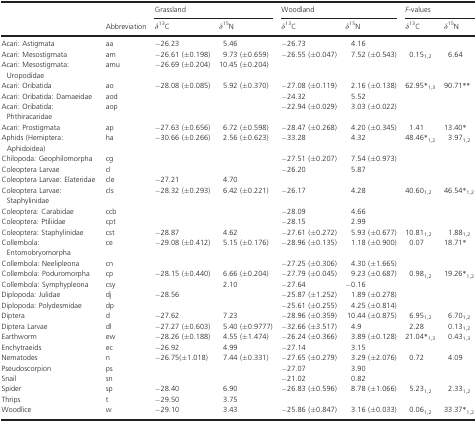
<table><thead><tr><td></td><td></td><td colspan="2"><b>Grassland</b></td><td colspan="2"><b>Woodland</b></td><td colspan="2"><b><i>F-</i>values</b></td></tr><tr><td></td><td><b>Abbreviation</b></td><td><b><i>δ</i><sup>13</sup>C</b></td><td><b><i>δ</i><sup>15</sup>N</b></td><td><b><i>δ</i><sup>13</sup>C</b></td><td><b><i>δ</i><sup>15</sup>N</b></td><td><b><i>δ</i><sup>13</sup>C</b></td><td><b><i>δ</i><sup>15</sup>N</b></td></tr></thead><tbody><tr><td>Acari: Astigmata</td><td>aa</td><td>−26.23</td><td>5.46</td><td>−26.73</td><td>4.16</td><td></td><td></td></tr><tr><td>Acari: Mesostigmata</td><td>am</td><td>−26.61 (±0.198)</td><td>9.73 (±0.659)</td><td>−26.55 (±0.047)</td><td>7.52 (±0.543)</td><td>0.15<sub>1,2</sub></td><td>6.64</td></tr><tr><td>Acari: Mesostigmata: Uropodidae</td><td>amu</td><td>−26.69 (±0.204)</td><td>10.45 (±0.204)</td><td></td><td></td><td></td><td></td></tr><tr><td>Acari: Oribatida</td><td>ao</td><td>−28.08 (±0.085)</td><td>5.92 (±0.370)</td><td>−27.08 (±0.119)</td><td>2.16 (±0.138)</td><td>62.95*<sub>1,3</sub></td><td>90.71**</td></tr><tr><td>Acari: Oribatida: Damaeidae</td><td>aod</td><td></td><td></td><td>−24.32</td><td>5.52</td><td></td><td></td></tr><tr><td>Acari: Oribatida: Phthiracaridae</td><td>aop</td><td></td><td></td><td>−22.94 (±0.029)</td><td>3.03 (±0.022)</td><td></td><td></td></tr><tr><td>Acari: Prostigmata</td><td>ap</td><td>−27.63 (±0.656)</td><td>6.72 (±0.598)</td><td>−28.47 (±0.268)</td><td>4.20 (±0.345)</td><td>1.41</td><td>13.40*</td></tr><tr><td>Aphids (Hemiptera: Aphidoidea)</td><td>ha</td><td>−30.66 (±0.266)</td><td>2.56 (±0.623)</td><td>−33.28</td><td>4.32</td><td>48.46*<sub>1,2</sub></td><td>3.97<sub>1,2</sub></td></tr><tr><td>Chilopoda: Geophilomorpha</td><td>cg</td><td></td><td></td><td>−27.51 (±0.207)</td><td>7.54 (±0.973)</td><td></td><td></td></tr><tr><td>Coleoptera Larvae</td><td>cl</td><td></td><td></td><td>−26.20</td><td>5.87</td><td></td><td></td></tr><tr><td>Coleoptera Larvae: Elateridae</td><td>cle</td><td>−27.21</td><td>4.70</td><td></td><td></td><td></td><td></td></tr><tr><td>Coleoptera Larvae: Staphylinidae</td><td>cls</td><td>−28.32 (±0.293)</td><td>6.42 (±0.221)</td><td>−26.17</td><td>4.28</td><td>40.60<sub>1,2</sub></td><td>46.54*<sub>1,2</sub></td></tr><tr><td>Coleoptera: Carabidae</td><td>ccb</td><td></td><td></td><td>−28.09</td><td>4.66</td><td></td><td></td></tr><tr><td>Coleoptera: Ptiliidae</td><td>cpt</td><td></td><td></td><td>−28.15</td><td>2.99</td><td></td><td></td></tr><tr><td>Coleoptera: Staphylinidae</td><td>cst</td><td>−28.87</td><td>4.62</td><td>−27.61 (±0.272)</td><td>5.93 (±0.677)</td><td>10.81<sub>1,2</sub></td><td>1.88<sub>1,2</sub></td></tr><tr><td>Collembola: Entomobryomorpha</td><td>ce</td><td>−29.08 (±0.412)</td><td>5.15 (±0.176)</td><td>−28.96 (±0.135)</td><td>1.18 (±0.900)</td><td>0.07</td><td>18.71*</td></tr><tr><td>Collembola: Neelipleona</td><td>cn</td><td></td><td></td><td>−27.25 (±0.306)</td><td>4.30 (±1.665)</td><td></td><td></td></tr><tr><td>Collembola: Poduromorpha</td><td>cp</td><td>−28.15 (±0.440)</td><td>6.66 (±0.204)</td><td>−27.79 (±0.045)</td><td>9.23 (±0.687)</td><td>0.98<sub>1,2</sub></td><td>19.26*<sub>1,2</sub></td></tr><tr><td>Collembola: Symphypleona</td><td>csy</td><td></td><td>2.10</td><td>−27.64</td><td>−0.16</td><td></td><td></td></tr><tr><td>Diplopoda: Julidae</td><td>dj</td><td>−28.56</td><td></td><td>−25.87 (±1.252)</td><td>1.89 (±0.278)</td><td></td><td></td></tr><tr><td>Diplopoda: Polydesmidae</td><td>dp</td><td></td><td></td><td>−25.61 (±0.255)</td><td>4.25 (±0.814)</td><td></td><td></td></tr><tr><td>Diptera</td><td>d</td><td>−27.62</td><td>7.23</td><td>−28.96 (±0.359)</td><td>10.44 (±0.875)</td><td>6.95<sub>1,2</sub></td><td>6.70<sub>1,2</sub></td></tr><tr><td>Diptera Larvae</td><td>dl</td><td>−27.27 (±0.603)</td><td>5.40 (±0.9777)</td><td>−32.66 (±3.517)</td><td>4.9</td><td>2.28</td><td>0.13<sub>1,2</sub></td></tr><tr><td>Earthworm</td><td>ew</td><td>−28.26 (±0.188)</td><td>4.55 (±1.474)</td><td>−26.24 (±0.366)</td><td>3.89 (±0.128)</td><td>21.04*<sub>1,3</sub></td><td>0.43<sub>1,3</sub></td></tr><tr><td>Enchytraeids</td><td>ec</td><td>−26.92</td><td>4.99</td><td>−27.14</td><td>3.15</td><td></td><td></td></tr><tr><td>Nematodes</td><td>n</td><td>−26.75(±1.018)</td><td>7.44 (±0.331)</td><td>−27.65 (±0.279)</td><td>3.29 (±2.076)</td><td>0.72</td><td>4.09</td></tr><tr><td>Pseudoscorpion</td><td>ps</td><td></td><td></td><td>−27.07</td><td>3.90</td><td></td><td></td></tr><tr><td>Snail</td><td>sn</td><td></td><td></td><td>−21.02</td><td>0.82</td><td></td><td></td></tr><tr><td>Spider</td><td>sp</td><td>−28.40</td><td>6.90</td><td>−26.83 (±0.596)</td><td>8.78 (±1.066)</td><td>5.23<sub>1,2</sub></td><td>2.33<sub>1,2</sub></td></tr><tr><td>Thrips</td><td>t</td><td>−29.50</td><td>3.75</td><td></td><td></td><td></td><td></td></tr><tr><td>Woodlice</td><td>w</td><td>−29.10</td><td>3.43</td><td>−25.86 (±0.847)</td><td>3.16 (±0.033)</td><td>0.06<sub>1,2</sub></td><td>33.37*<sub>1,2</sub></td></tr></tbody></table>